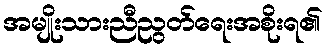
အမျိုးသားညီညွတ်ရေးအစိုးရ၏